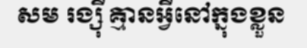
សម រង្ស៊ី គ្មានអ្វីនៅក្នុងខ្លួន